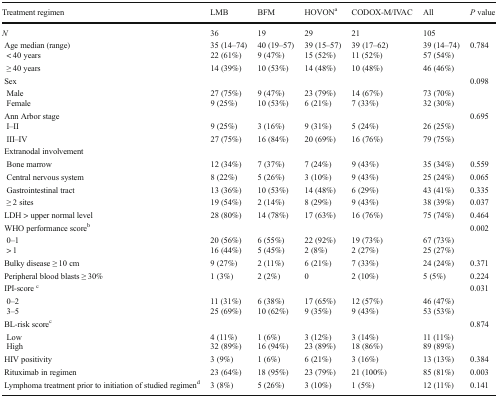
<table><thead><tr><td><b>Treatment regimen</b></td><td><b>LMB</b></td><td><b>BFM</b></td><td><b>HOVON<sup>a</sup></b></td><td><b>CODOX-M/IVAC</b></td><td><b>All</b></td><td><b><i>P</i> value</b></td></tr></thead><tbody><tr><td><i>N</i></td><td>36</td><td>19</td><td>29</td><td>21</td><td>105</td><td></td></tr><tr><td> Age median (range)</td><td>35 (14–74)</td><td>40 (19–57)</td><td>39 (15–57)</td><td>39 (17–62)</td><td>39 (14–74)</td><td rowspan="3">0.784</td></tr><tr><td>&lt; 40 years</td><td>22 (61%)</td><td>9 (47%)</td><td>15 (52%)</td><td>11 (52%)</td><td>57 (54%)</td></tr><tr><td>≥ 40 years</td><td>14 (39%)</td><td>10 (53%)</td><td>14 (48%)</td><td>10 (48%)</td><td>46 (46%)</td></tr><tr><td> Sex</td><td></td><td></td><td></td><td></td><td></td><td>0.098</td></tr><tr><td>Male</td><td>27 (75%)</td><td>9 (47%)</td><td>23 (79%)</td><td>14 (67%)</td><td>73 (70%)</td><td rowspan="2"></td></tr><tr><td>Female</td><td>9 (25%)</td><td>10 (53%)</td><td>6 (21%)</td><td>7 (33%)</td><td>32 (30%)</td></tr><tr><td> Ann Arbor stage</td><td></td><td></td><td></td><td></td><td></td><td rowspan="3">0.695</td></tr><tr><td>I–II</td><td>9 (25%)</td><td>3 (16%)</td><td>9 (31%)</td><td>5 (24%)</td><td>26 (25%)</td></tr><tr><td>III–IV</td><td>27 (75%)</td><td>16 (84%)</td><td>20 (69%)</td><td>16 (76%)</td><td>79 (75%)</td></tr><tr><td> Extranodal involvement</td><td></td><td></td><td></td><td></td><td></td><td></td></tr><tr><td>Bone marrow</td><td>12 (34%)</td><td>7 (37%)</td><td>7 (24%)</td><td>9 (43%)</td><td>35 (34%)</td><td>0.559</td></tr><tr><td>Central nervous system</td><td>8 (22%)</td><td>5 (26%)</td><td>3 (10%)</td><td>9 (43%)</td><td>25 (24%)</td><td>0.065</td></tr><tr><td>Gastrointestinal tract</td><td>13 (36%)</td><td>10 (53%)</td><td>14 (48%)</td><td>6 (29%)</td><td>43 (41%)</td><td>0.335</td></tr><tr><td>≥ 2 sites</td><td>19 (54%)</td><td>2 (14%)</td><td>8 (29%)</td><td>9 (43%)</td><td>38 (39%)</td><td>0.037</td></tr><tr><td> LDH &gt; upper normal level</td><td>28 (80%)</td><td>14 (78%)</td><td>17 (63%)</td><td>16 (76%)</td><td>75 (74%)</td><td>0.464</td></tr><tr><td> WHO performance score<sup>b</sup></td><td></td><td></td><td></td><td></td><td></td><td>0.002</td></tr><tr><td>0–1</td><td>20 (56%)</td><td>6 (55%)</td><td>22 (92%)</td><td>19 (73%)</td><td>67 (73%)</td><td rowspan="2"></td></tr><tr><td>&gt; 1</td><td>16 (44%)</td><td>5 (45%)</td><td>2 (8%)</td><td>2 (27%)</td><td>25 (27%)</td></tr><tr><td> Bulky disease ≥ 10 cm</td><td>9 (27%)</td><td>2 (11%)</td><td>6 (21%)</td><td>7 (33%)</td><td>24 (24%)</td><td>0.371</td></tr><tr><td> Peripheral blood blasts ≥ 30%</td><td>1 (3%)</td><td>2 (2%)</td><td>0</td><td>2 (10%)</td><td>5 (5%)</td><td>0.224</td></tr><tr><td> IPI-score <sup>c</sup></td><td></td><td></td><td></td><td></td><td></td><td>0.031</td></tr><tr><td>0–2</td><td>11 (31%)</td><td>6 (38%)</td><td>17 (65%)</td><td>12 (57%)</td><td>46 (47%)</td><td rowspan="2"></td></tr><tr><td>3–5</td><td>25 (69%)</td><td>10 (62%)</td><td>9 (35%)</td><td>9 (43%)</td><td>53 (53%)</td></tr><tr><td> BL-risk score<sup>c</sup></td><td></td><td></td><td></td><td></td><td></td><td>0.874</td></tr><tr><td>Low</td><td>4 (11%)</td><td>1 (6%)</td><td>3 (12%)</td><td>3 (14%)</td><td>11 (11%)</td><td rowspan="2"></td></tr><tr><td>High</td><td>32 (89%)</td><td>16 (94%)</td><td>23 (89%)</td><td>18 (86%)</td><td>89 (89%)</td></tr><tr><td> HIV positivity</td><td>3 (9%)</td><td>1 (6%)</td><td>6 (21%)</td><td>3 (16%)</td><td>13 (13%)</td><td>0.384</td></tr><tr><td> Rituximab in regimen</td><td>23 (64%)</td><td>18 (95%)</td><td>23 (79%)</td><td>21 (100%)</td><td>85 (81%)</td><td>0.003</td></tr><tr><td> Lymphoma treatment prior to initiation of studied regimen<sup>d</sup></td><td>3 (8%)</td><td>5 (26%)</td><td>3 (10%)</td><td>1 (5%)</td><td>12 (11%)</td><td>0.141</td></tr></tbody></table>